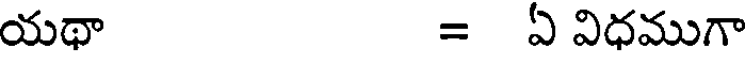
యథా = ఏ విధముగా